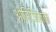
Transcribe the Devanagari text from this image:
ओरिजिनक